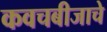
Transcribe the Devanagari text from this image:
कवचबीजाचे